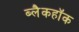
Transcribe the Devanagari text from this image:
ब्लैकहॉक